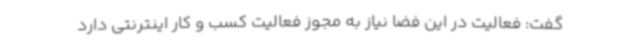
گفت: فعالیت در این فضا نیاز به مجوز فعالیت کسب و کار اینترنتی دارد